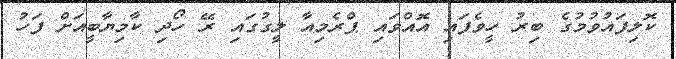
ކޮލިފައުވުމުގެ ބިރު ހީވެފައި އޮއްވައި ޕްރެމިއާ ލީގުގައި ރޭ ހޯދި ކާމިޔާބީއަށް ފަހު